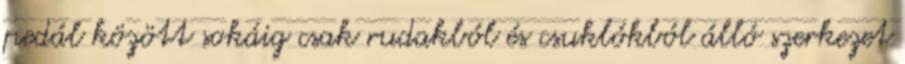
pedál között sokáig csak rudakból és csuklókból álló szerkezet